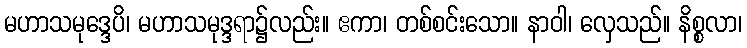
မဟာသမုဒ္ဒေပိ၊ မဟာသမုဒ္ဒရာ၌လည်း။ ဧကာ၊ တစ်စင်းသော။ နာဝါ၊ လှေသည်။ နိစ္စလာ၊